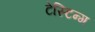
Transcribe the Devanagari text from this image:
टेस्टिन्ग